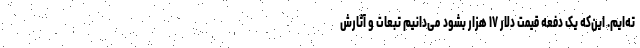
ته‌ایم. این‌که یک دفعه قیمت دلار ۱۷ هزار بشود می‌دانیم تبعات و آثارش